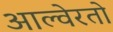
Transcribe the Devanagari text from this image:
आल्वेरतो